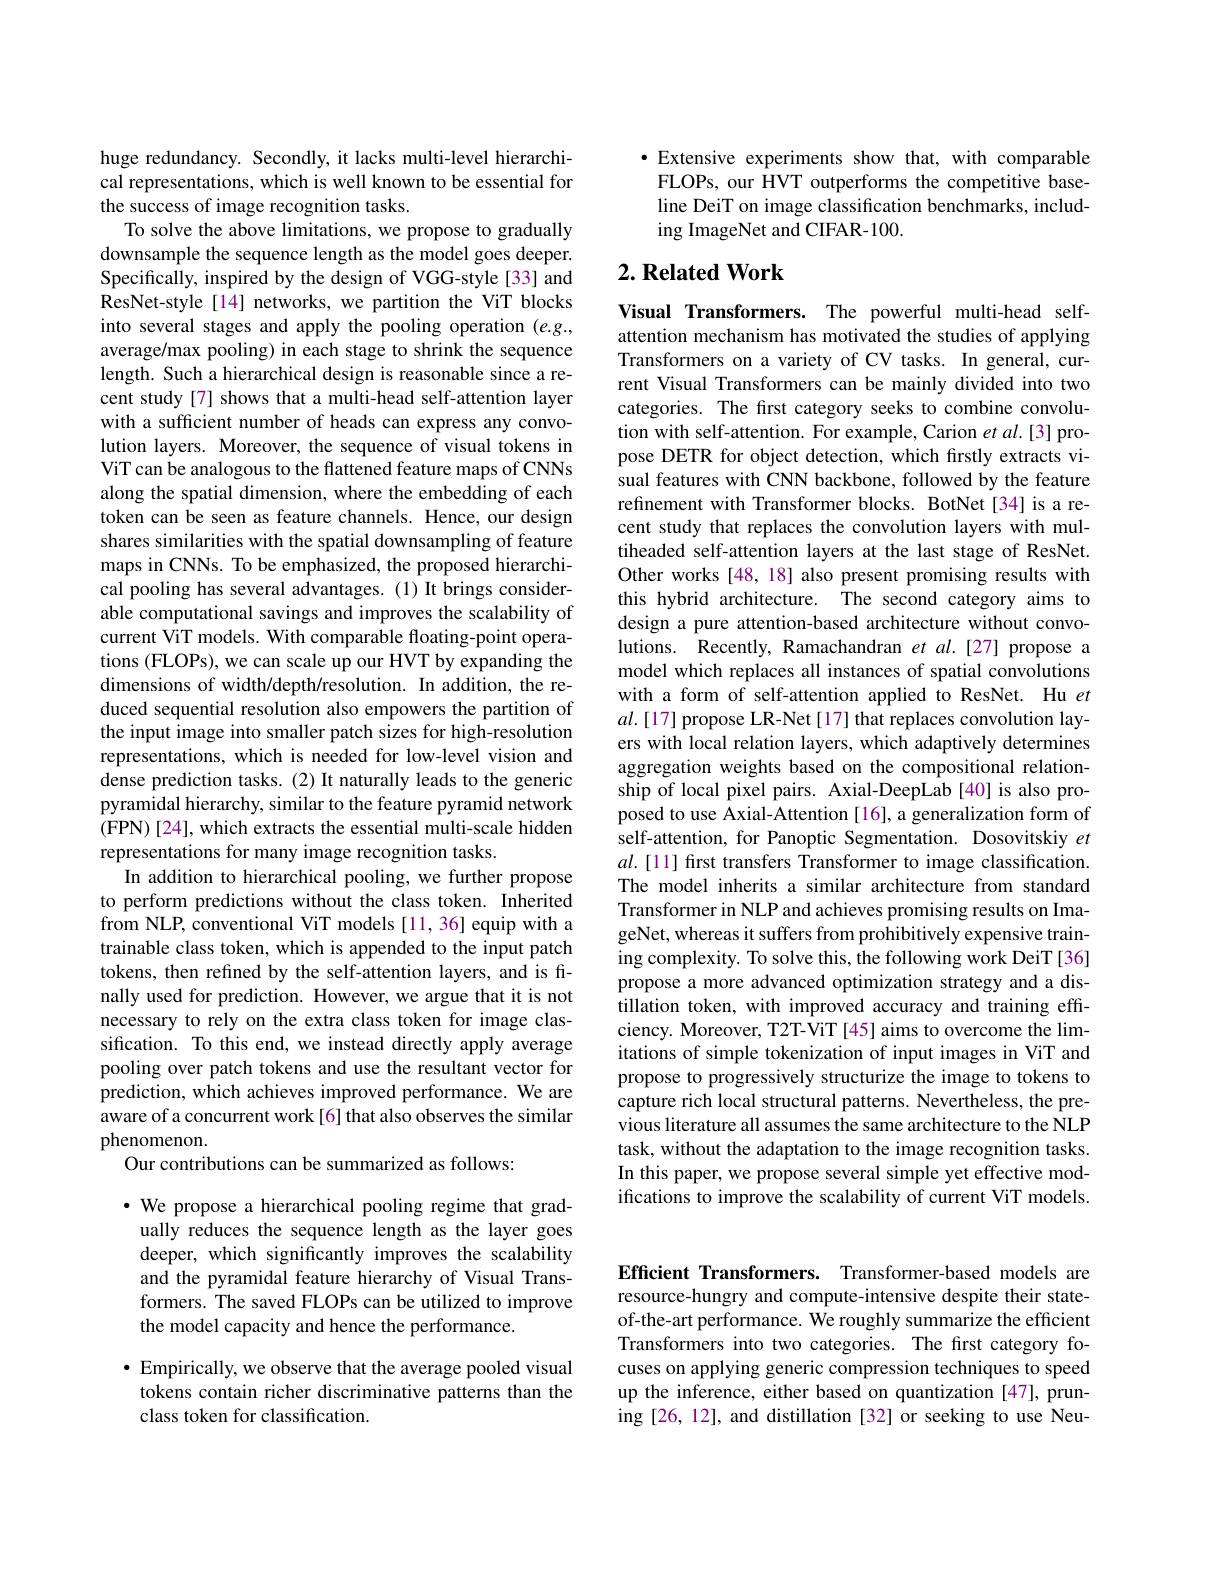
huge redundancy. Secondly, it lacks multi-level hierarchical representations, which is well known to be essential for the success of image recognition tasks.
To solve the above limitations, we propose to gradually downsample the sequence length as the model goes deeper. Specifically, inspired by the design of VGG-style [33] and ResNet-style [14] networks, we partition the ViT blocks into several stages and apply the pooling operation $(e.g.$, average/max pooling) in each stage to shrink the sequence length. Such a hierarchical design is reasonable since a recent study[7] shows that a multi-head self-attention layer with a sufficient number of heads can express any convolution layers. Moreover, the sequence of visual tokens in ViT can be analogous to the flattened feature maps of CNNs along the spatial dimension, where the embedding of each token can be seen as feature channels. Hence, our design shares similarities with the spatial downsampling of feature maps in CNNs. To be emphasized, the proposed hierarchical pooling has several advantages.(1) It brings considerable computational savings and improves the scalability of current ViT models. With comparable floating-point operations (FLOPs), we can scale up our HVT by expanding the dimensions of width/depth/resolution. In addition, the reduced sequential resolution also empowers the partition of the input image into smaller patch sizes for high-resolution representations, which is needed for low-level vision and dense prediction tasks.(2) It naturally leads to the generic pyramidal hierarchy, similar to the feature pyramid network ( FPN) [ 24] , which extracts the essential multi- scale hidden representations for many image recognition tasks.
In addition to hierarchical pooling, we further propose to perform predictions without the class token. Inherited from NLP, conventional ViT models [11, 36] equip with a trainable class token, which is appended to the input patch tokens, then refined by the self-attention layers, and is frnally used for prediction. However, we argue that it is not necessary to rely on the extra class token for image classification. To this end, we instead directly apply average pooling over patch tokens and use the resultant vector for prediction, which achieves improved performance. We are aware of a concurrent work[6] that also observes the similar phenomenon
Our contributions can be summarized as follows:

$\cdot$ We propose a hierarchical pooling regime that gradually reduces the sequence length as the layer goes deeper, which significantly improves the scalability and the pyramidal feature hierarchy of Visual Transformers. The saved FLOPs can be utilized to improve the model capacity and hence the performance.

$\bullet$ Empirically, we observe that the average pooled visual tokens contain richer discriminative patterns than the class token for classification.

$\bullet$ Extensive experiments show that, with comparable FLOPs, our HVT outperforms the competitive baseline DeiT on image classification benchmarks, including ImageNet and CIFAR-100.

## $2. \textbf{ Related Work}$

Visual Transformers. The powerful multi-head selfattention mechanism has motivated the studies of applying Transformers on a variety of CV tasks. In general, current Visual Transformers can be mainly divided into two categories. The first category seeks to combine convolution with self-attention. For example, Carion et al.[3] propose DETR for object detection, which firstly extracts visual features with CNN backbone, followed by the feature refinement with Transformer blocks. BotNet[34] is a recent study that replaces the convolution layers with multiheaded self-attention layers at the last stage of ResNet. Other works [48, 18] also present promising results with this hybrid architecture. The second category aims to design a pure attention-based architecture without convolutions. Recently, Ramachandran et al.[27] propose a model which replaces all instances of spatial convolutions with a form of self-attention applied to ResNet. Hu $et$ $al.[17]$ propose LR-Net [17] that replaces convolution layers with local relation layers, which adaptively determines aggregation weights based on the compositional relationship of local pixel pairs. Axial-DeepLab[40] is also proposed to use Axial-Attention [16], a generalization form of self-attention, for Panoptic Segmentation. Dosovitskiy $et$ $al.[11]$ first transfers Transformer to image classification. The model inherits a similar architecture from standard Transformer in NLP and achieves promising results on ImageNet, whereas it suffers from prohibitively expensive training complexity. To solve this, the following work DeiT[36] propose a more advanced optimization strategy and a distillation token, with improved accuracy and training effciency. Moreover, T2T-ViT [45] aims to overcome the limitations of simple tokenization of input images in ViT and propose to progressively structurize the image to tokens to capture rich local structural patterns. Nevertheless, the previous literature all assumes the same architecture to the NLP task, without the adaptation to the image recognition tasks. In this paper, we propose several simple yet effective modifications to improve the scalability of current ViT models.

Efficient Transformers. Transformer-based models are resource-hungry and compute-intensive despite their stateof-the-art performance. We roughly summarize the efficient Transformers into two categories. The first category focuses on applying generic compression techniques to speed up the inference, either based on quantization [47], pruning [26, 12], and distillation [32] or seeking to use Neu-